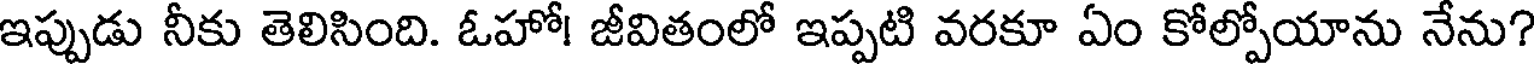
ఇప్పుడు నీకు తెలిసింది. ఓహో! జీవితంలో ఇప్పటి వరకూ ఏం కోల్పోయాను నేను?